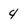
Character: 4